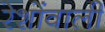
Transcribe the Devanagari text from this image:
रेशोंवाली